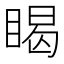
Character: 𥈎